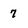
Character: 7